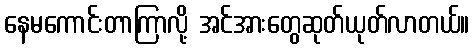
နေမကောင်းတာကြာလို့ အင်အားတွေဆုတ်ယုတ်လာတယ်။